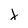
Character: x